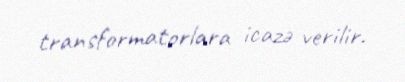
transformatorlara icazə verilir.